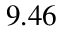
9 . 4 6